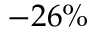
- 2 6 \%